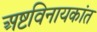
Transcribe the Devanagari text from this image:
अष्टविनायकांत